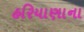
હરિયાણાના